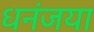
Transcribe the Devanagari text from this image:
धनंजया